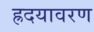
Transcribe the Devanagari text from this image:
ह्रदयावरण